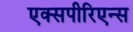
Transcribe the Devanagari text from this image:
एक्सपीरिएन्स